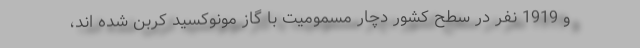
و 1919 نفر در سطح کشور دچار مسمومیت با گاز مونوکسید کربن شده اند،